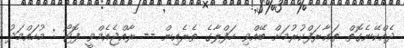
ދެއްކޭނެގޮތް ތަޢާރަފްކުރުމަށް ބޭއްވި ހަފްލާގެ ތެރެއިން -- ރާއްޖެއެމްވީ ފޮޓޯ : މުހައްމަދު